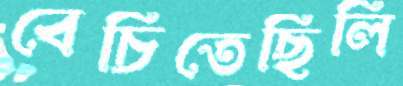
বেচিতেছিলি